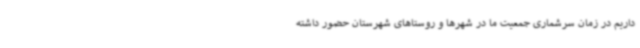
داریم در زمان سرشماری جمعیت ما در شهرها و روستاهای شهرستان حضور داشته